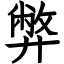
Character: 弊